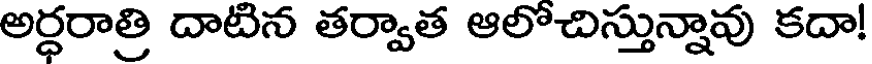
అర్ధరాత్రి దాటిన తర్వాత ఆలోచిస్తున్నావు కదా!